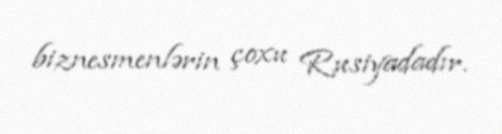
biznesmenlərin çoxu Rusiyadadır.